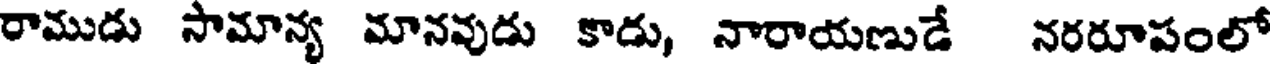
రాముడు సామాన్య మానవుడు కాడు, నారాయణుడే నరరూపంలో